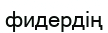
фидердің